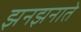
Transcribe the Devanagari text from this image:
झनझनाते